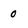
Character: 0